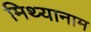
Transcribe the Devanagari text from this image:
मिथ्यानाम